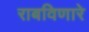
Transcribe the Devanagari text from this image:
राबविणारे